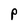
Character: p